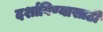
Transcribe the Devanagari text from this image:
दर्शाविण्यासाठी